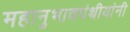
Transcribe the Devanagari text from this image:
महानुभावपंथीयांनी